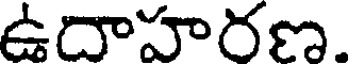
ఉదాహరణ.